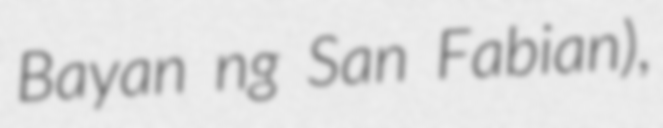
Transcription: Bayan ng San Fabian),